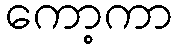
ကော့ကာ